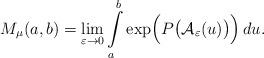
LaTeX: \begin{align*}M_{\mu}(a, b)=\lim\limits_{\varepsilon\rightarrow 0}\int\limits_a^b \exp\Bigl(P\bigl(\mathcal{A}_{\varepsilon}(u)\bigr)\Bigr) \, du.\end{align*}